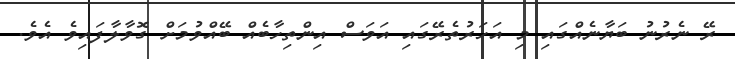
ރޭ ނެރުނު ބަޔާނެއްގައި މި އަހަރުތެރޭގައި އަވަސް އިންތިހާބެއް ބޭއްވުމަށް ގޮވާލާފައިވެ އެވެ.